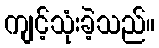
ကျင့်သုံးခဲ့သည်။